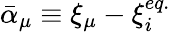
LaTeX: {\bar{\alpha}}_{\mu}\equiv\xi_{\mu}-\xi_{i}^{eq.}